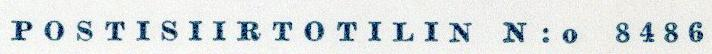
POSTISIIRTOTILIN N:o 8486